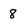
Character: 8